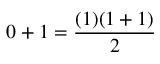
0 + 1 = { \frac { ( 1 ) ( 1 + 1 ) } { 2 } }